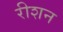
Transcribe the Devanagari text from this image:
रीशन